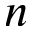
n